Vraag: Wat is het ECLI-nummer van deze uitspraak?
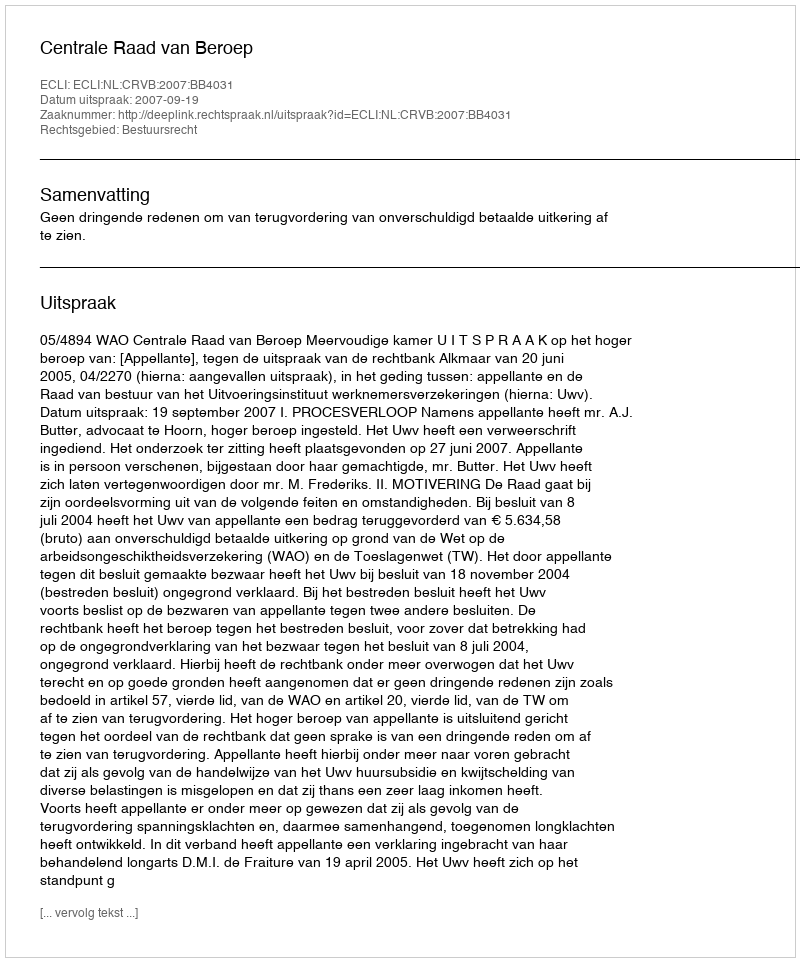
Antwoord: ECLI:NL:CRVB:2007:BB4031